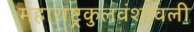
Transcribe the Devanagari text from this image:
महाराष्ट्रकुलवंशावली